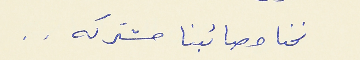
نحنا مصائبنا مشتركه . .